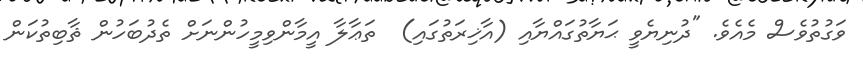
ވަގުތުވެސް މެއެވެ. "ދުނިޔެވީ ޙަޔާތުގައްޔާއި (އާޚިރަތުގައި)  ތަޢާލާ އީމާންވިމީހުންނަށް ތެދުބަހުން ޘާބިތުކަން